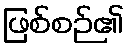
ဖြစ်စဉ်၏